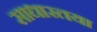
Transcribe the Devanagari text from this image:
साधारतया